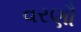
વરણૌ